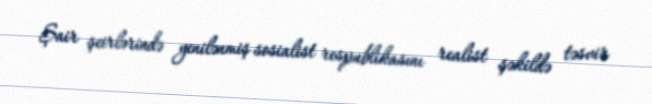
Şair şeirlərində yenilənmiş sosialist respublikasını realist şəkildə təsvir